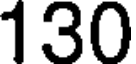
130